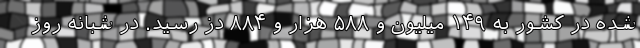
شده در کشور به ۱۴۹ میلیون و ۵۸۸ هزار و ۸۸۴ دُز رسید. در شبانه روز